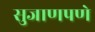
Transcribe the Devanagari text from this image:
सुजाणपणे